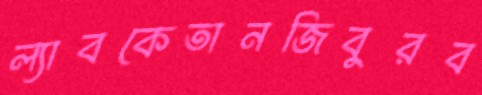
ল্যাবকেতানজিবুরব